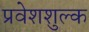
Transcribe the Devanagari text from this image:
प्रवेशशुल्क